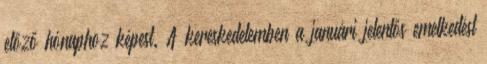
előző hónaphoz képest. A kereskedelemben a januári jelentős emelkedést